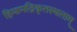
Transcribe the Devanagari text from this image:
हिमामद्रिकृतस्थलाम्